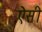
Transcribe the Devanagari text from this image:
ऐेसी